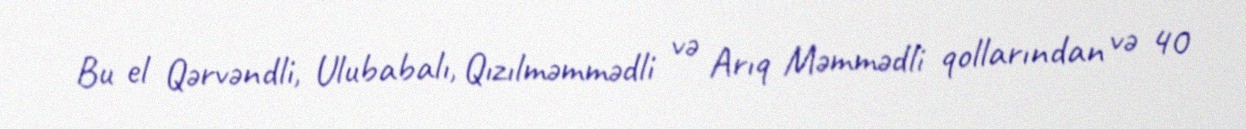
Bu el Qərvəndli, Ulubabalı, Qızılməmmədli və Arıq Məmmədli qollarından və 40